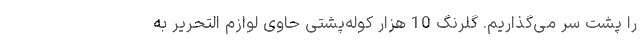
را پشت سر می‌گذاریم. گلرنگ 10 هزار کوله‌پشتی حاوی لوازم التحریر به